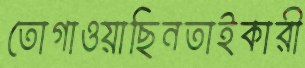
তোগাওয়াছিনতাইকারী